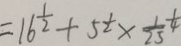
= 1 6 ^ { \frac { 1 } { 2 } } + 5 \frac { 1 } { 2 } \times \frac { 1 } { 2 5 } \frac { 1 } { 4 }